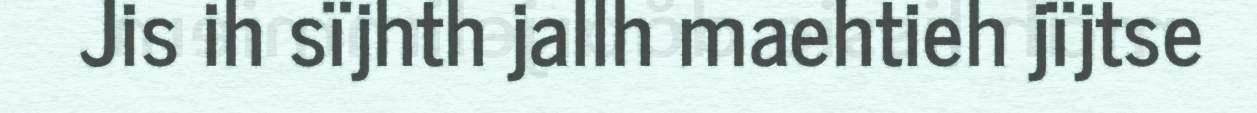
Jis ih sïjhth jallh maehtieh jïjtse